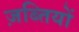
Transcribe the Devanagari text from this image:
ज़ब्तियों